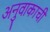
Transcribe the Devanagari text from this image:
अनुवाकाची